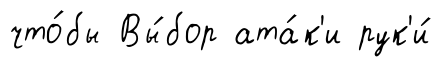
что́бы Вы́бор ата́к'и рук'и́